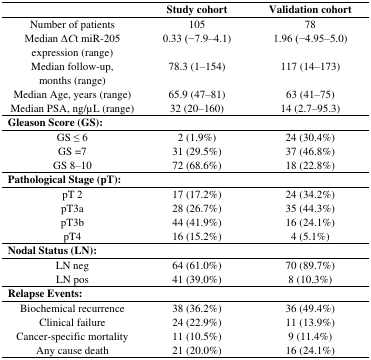
<table><thead><tr><td></td><td><b>Study cohort</b></td><td><b>Validation cohort</b></td></tr></thead><tbody><tr><td>Number of patients</td><td>105</td><td>78</td></tr><tr><td>Median Δ<i>C</i>t miR-205 expression (range)</td><td>0.33 (−7.9–4.1)</td><td>1.96 (−4.95–5.0)</td></tr><tr><td>Median follow-up, months (range)</td><td>78.3 (1–154)</td><td>117 (14–173)</td></tr><tr><td>Median Age, years (range)</td><td>65.9 (47–81)</td><td>63 (41–75)</td></tr><tr><td>Median PSA, ng/μL (range)</td><td>32 (20–160)</td><td>14 (2.7–95.3)</td></tr><tr><td colspan="3"><b>Gleason Score (GS):</b></td></tr><tr><td>GS ≤ 6</td><td>2 (1.9%)</td><td>24 (30.4%)</td></tr><tr><td>GS =7</td><td>31 (29.5%)</td><td>37 (46.8%)</td></tr><tr><td>GS 8–10</td><td>72 (68.6%)</td><td>18 (22.8%)</td></tr><tr><td colspan="3"><b>Pathological Stage (pT):</b></td></tr><tr><td>pT 2</td><td>17 (17.2%)</td><td>24 (34.2%)</td></tr><tr><td>pT3a</td><td>28 (26.7%)</td><td>35 (44.3%)</td></tr><tr><td>pT3b</td><td>44 (41.9%)</td><td>16 (24.1%)</td></tr><tr><td>pT4</td><td>16 (15.2%)</td><td>4 (5.1%)</td></tr><tr><td colspan="3"><b>Nodal Status (LN):</b></td></tr><tr><td>LN neg</td><td>64 (61.0%)</td><td>70 (89.7%)</td></tr><tr><td>LN pos</td><td>41 (39.0%)</td><td>8 (10.3%)</td></tr><tr><td colspan="3"><b>Relapse Events:</b></td></tr><tr><td>Biochemical recurrence</td><td>38 (36.2%)</td><td>36 (49.4%)</td></tr><tr><td>Clinical failure</td><td>24 (22.9%)</td><td>11 (13.9%)</td></tr><tr><td>Cancer-specific mortality</td><td>11 (10.5%)</td><td>9 (11.4%)</td></tr><tr><td>Any cause death</td><td>21 (20.0%)</td><td>16 (24.1%)</td></tr></tbody></table>